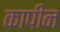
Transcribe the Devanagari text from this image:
कापीन